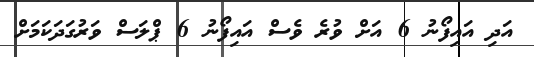
އަދި އައިފޯނު 6 އަށް ވުރެ ވެސް އައިފޯނު 6 ޕްލަސް ވަރުގަދަކަމަށް